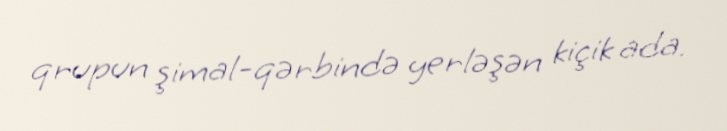
qrupun şimal-qərbində yerləşən kiçik ada.